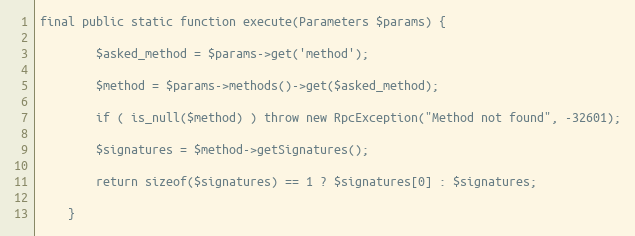
Language: PHP
final public static function execute(Parameters $params) {

        $asked_method = $params->get('method');

        $method = $params->methods()->get($asked_method);

        if ( is_null($method) ) throw new RpcException("Method not found", -32601);

        $signatures = $method->getSignatures();

        return sizeof($signatures) == 1 ? $signatures[0] : $signatures;

    }